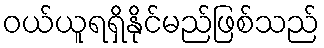
ဝယ်ယူရရှိနိုင်မည်ဖြစ်သည်